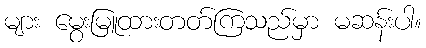
များ မွေးမြူထားတတ်ကြသည်မှာ မဆန်းပါ။